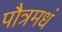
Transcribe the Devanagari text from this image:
पौत्रमधं